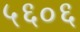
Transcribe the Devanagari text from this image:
५६०६